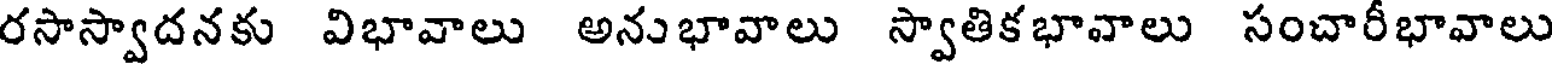
రసాస్వాదనకు విభావాలు అనుభావాలు స్వాతికభావాలు సంచారీభావాలు